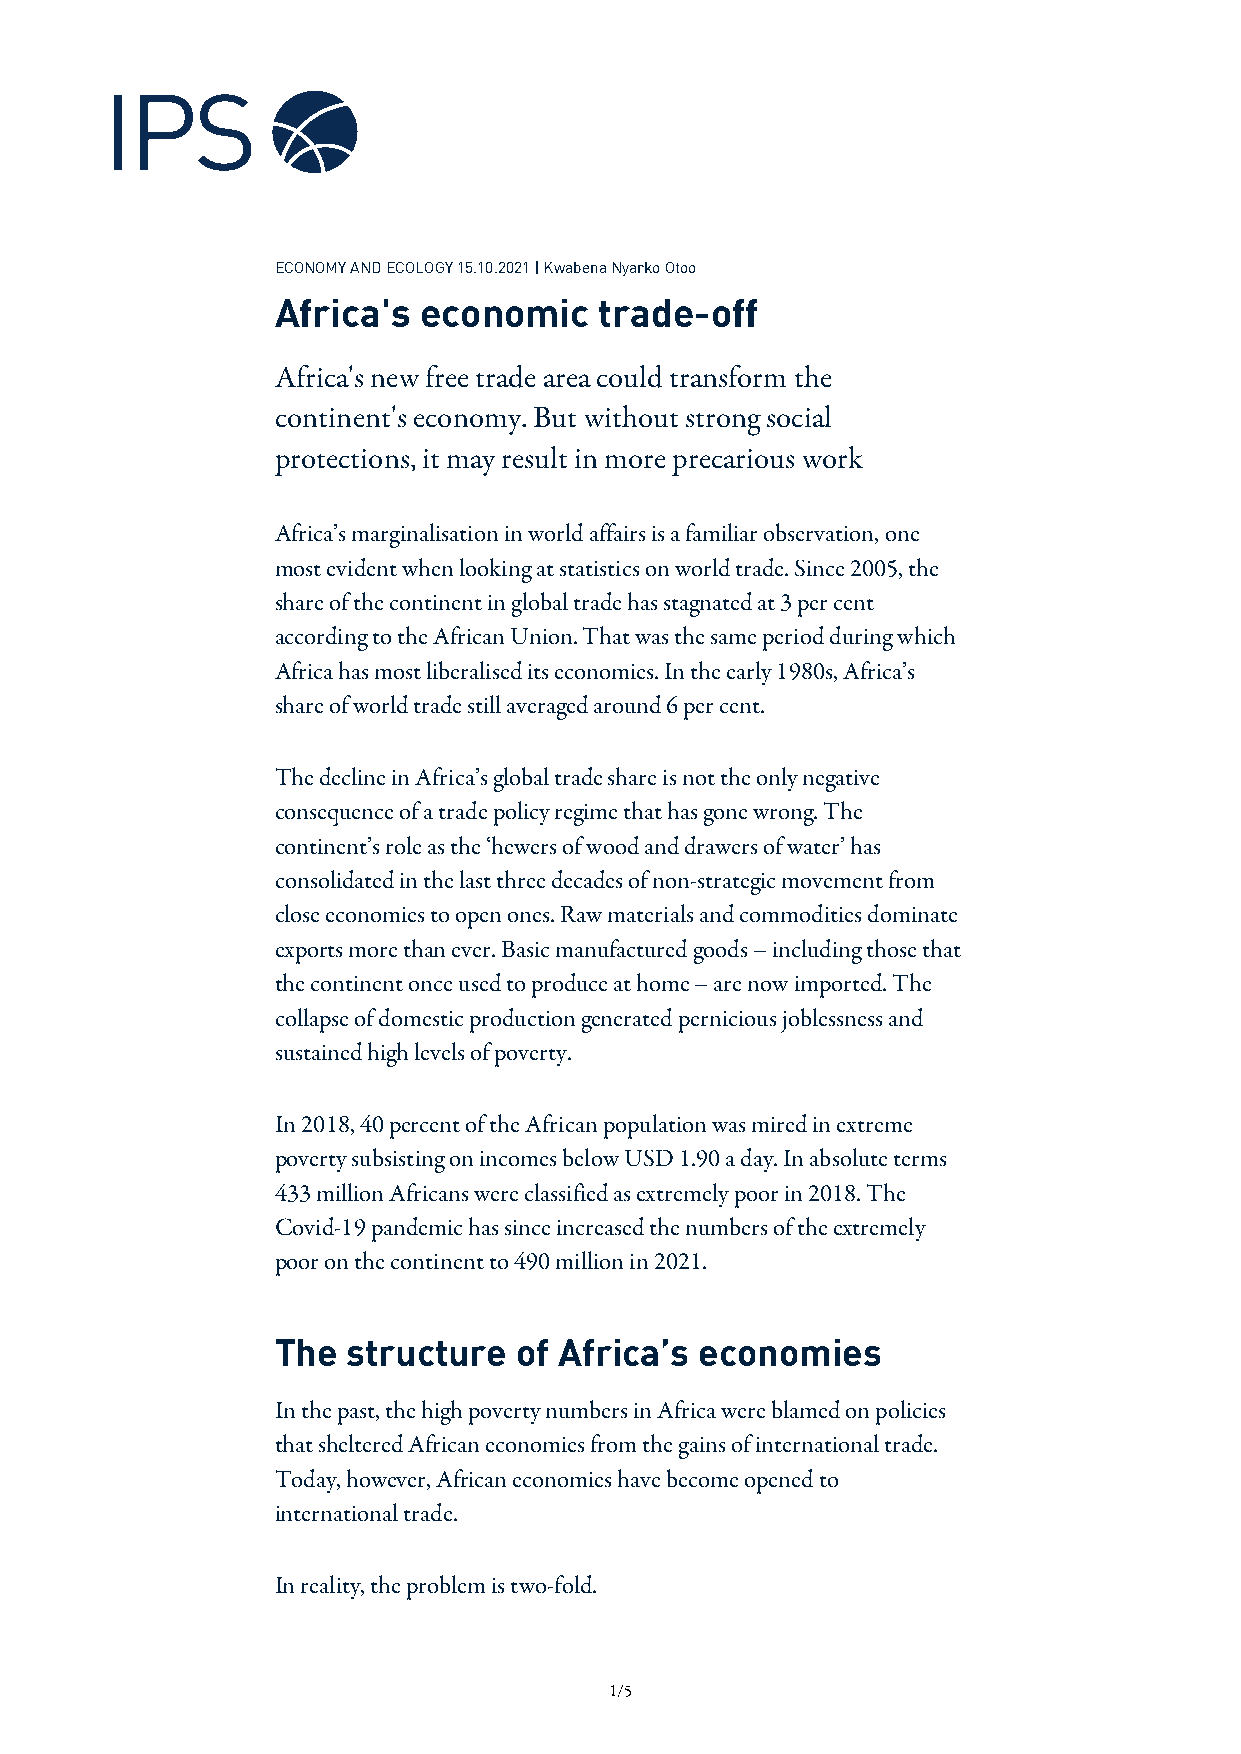
ECONOMY AND ECOLOGY 15.10.2021 | Kwabena Nyarko Otoo
 Africa's  economic    trade-off
 Africa's new free trade area could transform the
 continent's economy. But without strong social
 protections, it may result in more precarious work
 Africa’s marginalisation in world affairs is a familiar observation, one
 most evident when looking at statistics on world trade. Since 2005, the
 share of the continent in global trade has stagnated at 3 per cent
 according to the African Union. That was the same period during which
 Africa has most liberalised its economies. In the early 1980s, Africa’s
 share of world trade still averaged around 6 per cent.
 The decline in Africa’s global trade share is not the only negative
 consequence of a trade policy regime that has gone wrong. The
 continent’s role as the ‘hewers of wood and drawers of water’ has
 consolidated in the last three decades of non-strategic movement from
 close economies to open ones. Raw materials and commodities dominate
 exports more than ever. Basic manufactured goods – including those that
 the continent once used to produce at home – are now imported. The
 collapse of domestic production generated pernicious joblessness and
 sustained high levels of poverty.
 In 2018, 40 percent of the African population was mired in extreme
 poverty subsisting on incomes below USD 1.90 a day. In absolute terms
 433 million Africans were classified as extremely poor in 2018. The
 Covid-19 pandemic has since increased the numbers of the extremely
 poor on the continent to 490 million in 2021.
 The  structure  of Africa’s economies
 In the past, the high poverty numbers in Africa were blamed on policies
 that sheltered African economies from the gains of international trade.
 Today, however, African economies have become opened to
 international trade.
 In reality, the problem is two-fold.
 1/5